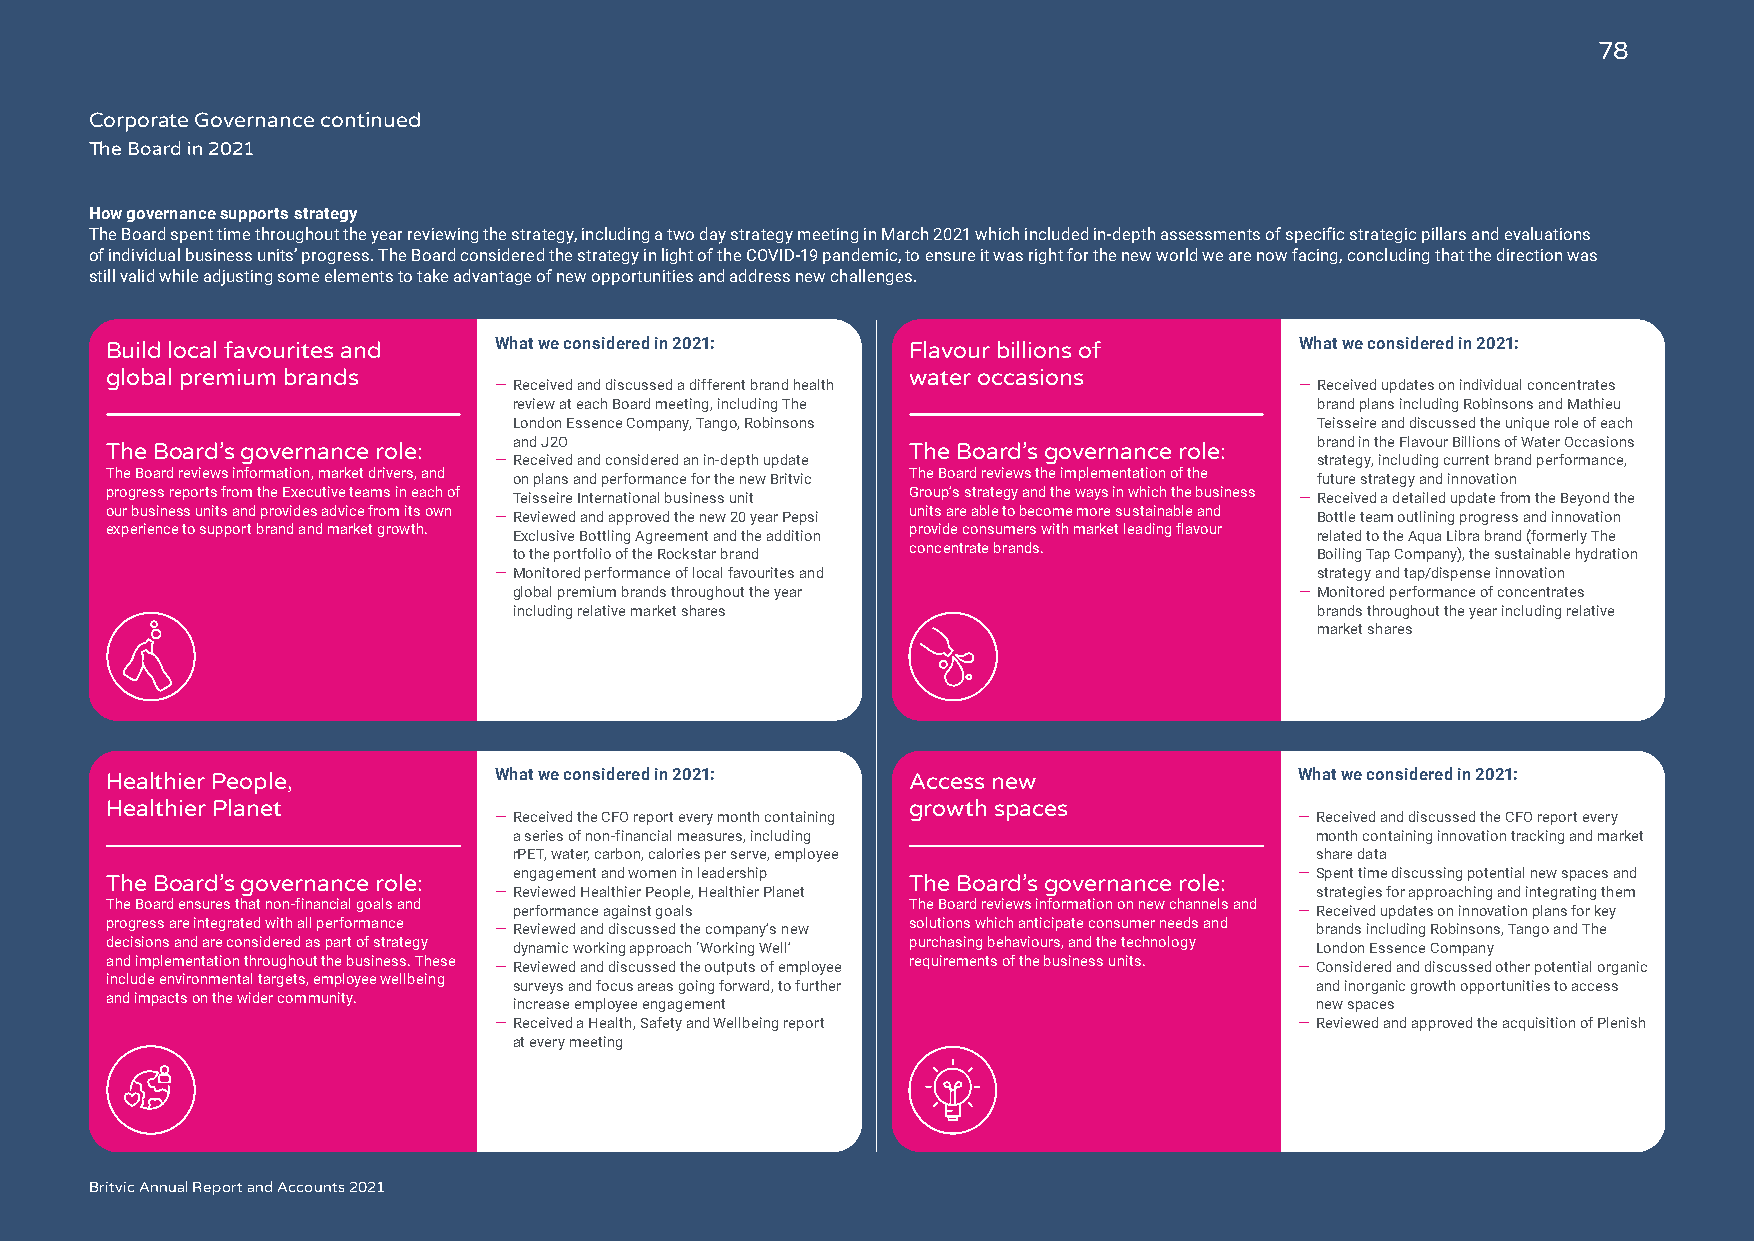
78
 Corporate Governance continued
 The Board in 2021
 How governance supports strategy
 The Board spent time throughout the year reviewing the strategy, including a two day strategy meeting in March 2021 which included in-depth assessments of specific strategic pillars and evaluations
 of individual business units’ progress. The Board considered the strategy in light of the COVID-19 pandemic, to ensure it was right for the new world we are now facing, concluding that the direction was
 still valid while adjusting some elements to take advantage of new opportunities and address new challenges.
 Build local favourites and What we considered in 2021: Flavour billions of     What we considered in 2021:
 global premium brands                                water occasions
 — Received and discussed a different brand health    — Received updates on individual concentrates
 review at each Board meeting, including The          brand plans including Robinsons and Mathieu
 London Essence Company, Tango, Robinsons             Teisseire and discussed the unique role of each
 and J2O                                              brand in the Flavour Billions of Water Occasions
 The Board’s governance role:                         The Board’s governance role:
 — Received and considered an in-depth update          strategy, including current brand performance,
 The Board reviews information, market drivers, and on plans and performance for the new Britvic The Board reviews the implementation of the future strategy and innovation
 progress reports from the Executive teams in each of Teisseire International business unit Group’s strategy and the ways in which the business — Received a detailed update from the Beyond the
 our business units and provides advice from its own — Reviewed and approved the new 20 year Pepsi units are able to become more sustainable and Bottle team outlining progress and innovation
 experience to support brand and market growth. Exclusive Bottling Agreement and the addition provide consumers with market leading flavour related to the Aqua Libra brand (formerly The
 to the portfolio of the Rockstar brand concentrate brands. Boiling Tap Company), the sustainable hydration
 — Monitored performance of local favourites and       strategy and tap/dispense innovation
 global premium brands throughout the year           — Monitored performance of concentrates
 including relative market shares                     brands throughout the year including relative
 market shares
 Healthier People,         What we considered in 2021: Access new               What we considered in 2021:
 Healthier Planet                                     growth spaces
 — Received the CFO report every month containing     — Received and discussed the CFO report every
 a series of non-financial measures, including        month containing innovation tracking and market
 rPET, water, carbon, calories per serve, employee    share data
 engagement and women in leadership                  — Spent time discussing potential new spaces and
 The Board’s governance role:                         The Board’s governance role:
 — Reviewed Healthier People, Healthier Planet         strategies for approaching and integrating them
 The Board ensures that non-financial goals and performance against goals The Board reviews information on new channels and — Received updates on innovation plans for key
 progress are integrated with all performance — Reviewed and discussed the company’s new solutions which anticipate consumer needs and brands including Robinsons, Tango and The
 decisions and are considered as part of strategy dynamic working approach ‘Working Well’ purchasing behaviours, and the technology London Essence Company
 and implementation throughout the business. These — Reviewed and discussed the outputs of employee requirements of the business units. — Considered and discussed other potential organic
 include environmental targets, employee wellbeing surveys and focus areas going forward, to further and inorganic growth opportunities to access
 and impacts on the wider community. increase employee engagement                new spaces
 — Received a Health, Safety and Wellbeing report     — Reviewed and approved the acquisition of Plenish
 at every meeting
 Britvic Annual Report and Accounts 2021